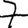
Digit: 7